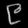
Digit: ၉